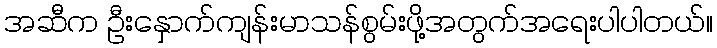
အဆီက ဦးနှောက်ကျန်းမာသန်စွမ်းဖို့အတွက်အရေးပါပါတယ်။